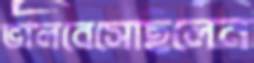
ভালবেসেছিলেন